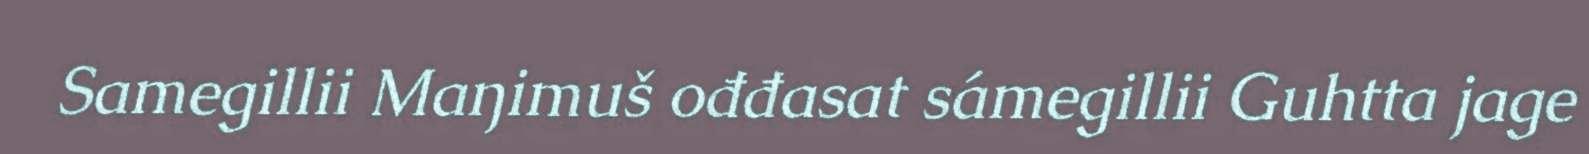
Samegillii Maŋimuš ođđasat sámegillii Guhtta jage